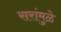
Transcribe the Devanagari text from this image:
सरांमुळे